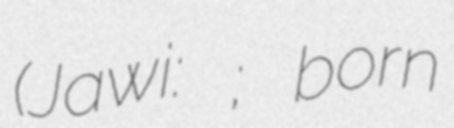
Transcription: (Jawi:زاينل ساڤري; born